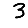
Digit: 3